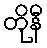
တိုနီ